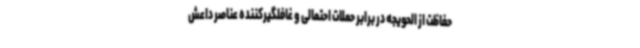
حفاظت از الحویجه در برابر حملات احتمالی و غافلگیرکننده عناصر داعش